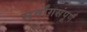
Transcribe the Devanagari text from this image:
सर्वांगसंपूर्ण